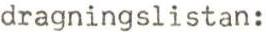
dragningslistan: